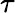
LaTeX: \tau